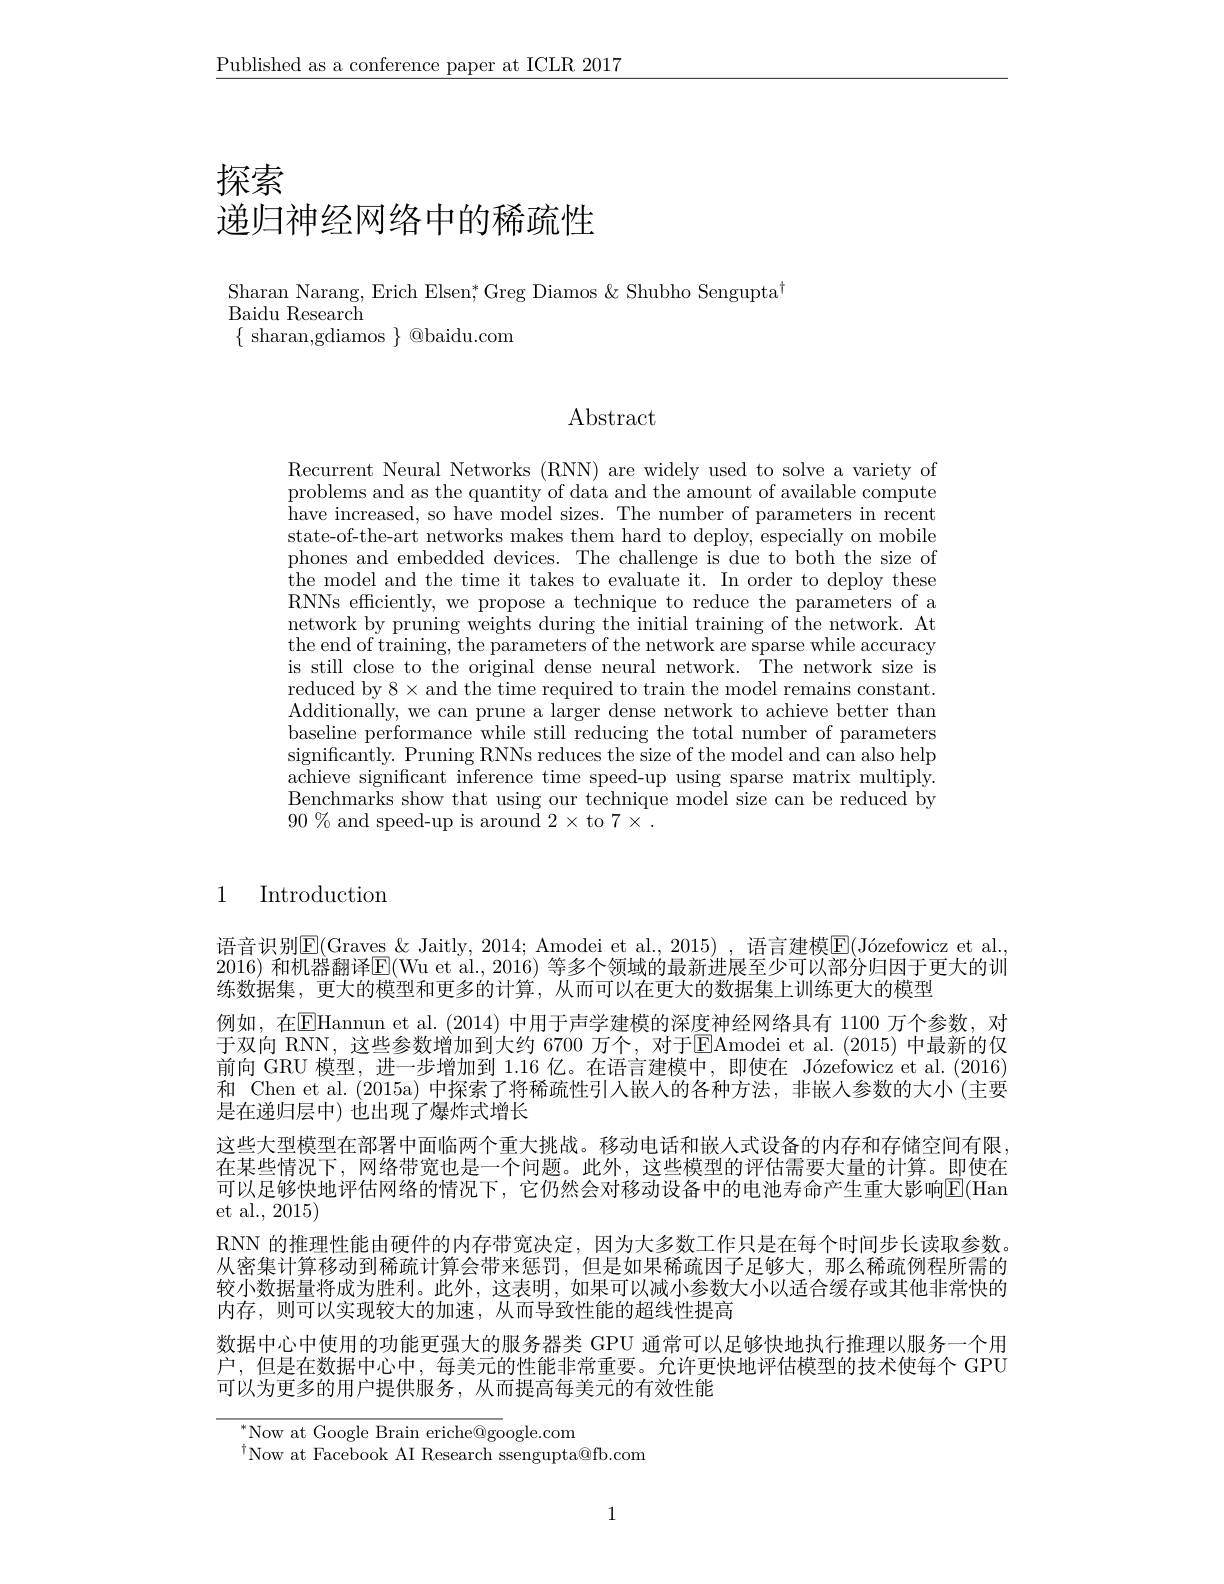
$\underline{\text{Published as a conference paper at ICLR 2017}}$

探索

# 递归神经网络中的稀疏性

Sharan Narang, Erich Elsen; Greg Diamos & Shubho Sengupta$^{\dagger}$
# Baidu Research
$\{$ sharan,gdiamos $\}$ @baidu.com

$\operatorname{Abstract}$

Recurrent Neural Networks (RNN) are widely used to solve a variety of problems and as the quantity of data and the amount of available compute have increased, so have model sizes. The number of parameters in recent state-of-the-art networks makes them hard to deploy, especially on mobile phones and embedded devices. The challenge is due to both the size of the model and the time it takes to evaluate it. In order to deploy these RNNs efficiently, we propose a technique to reduce the parameters of a network by pruning weights during the initial training of the network. At the end of training, the parameters of the network are sparse while accuracy is still close to the original dense neural network. The network size is reduced by $8\times$and the time required to train the model remains constant. Additionally, we can prune a larger dense network to achieve better than baseline performance while still reducing the total number of parameters significantly. Pruning RNNs reduces the size of the model and can also help achieve significant inference time speed-up using sparse matrix multiply. Benchmarks show that using our technique model size can be reduced by $90\%$ and speed-up is around 2$\times$ to 7$\times.$

## 1 Introduction

语音识别$\underline{\mathrm{E}}($Graves &Jaitly, 2014; Amodei et al., 2015) , 语言建模$\overline {\mathrm{E} }( \text{J\' {o}zefowiczetal}.$ 2016) 和机器翻译$\boxed{\mathrm{E}}($Wu et al., 2016) 等多个领域的最新进展至少可以部分归因于更大的训练数据集，更大的模型和更多的计算，从而可以在更大的数据集上训练更大的模型
例如，在$\overline{\mathrm{E}}$Hannun et al.(2014)中用于声学建模的深度神经网络具有 1100 万个参数，对于双向 RNN, 这些参数增加到大约 6700 万个，对于$\overline{\mathrm{E}}$Amodei et al.(2015) 中最新的仅前向 GRU 模型，进一步增加到 1.16 亿。在语言建模中，即使在 Józefowicz et al. (2016) 和 Chen et al. (2015a) 中探索了将稀疏性引人嵌人的各种方法，非嵌入参数的大小 (主要是在递归层中)也出现了爆炸式增长
这些大型模型在部署中面临两个重大挑战。移动电话和嵌人式设备的内存和存储空间有限在某些情况下，网络带宽也是一个问题。此外，这些模型的评估需要大量的计算。即使在可以足够快地评估网络的情况下，它仍然会对移动设备中的电池寿命产生重大影响$\mathbb{E}($Han et al., 2015)
RNN 的推理性能由硬件的内存带宽决定，因为大多数工作只是在每个时间步长读取参数。从密集计算移动到稀疏计算会带来惩罚，但是如果稀疏因子足够大，那么稀疏例程所需的较小数据量将成为胜利。此外，这表明，如果可以减小参数大小以适合缓存或其他非常快的内存，则可以实现较大的加速，从而导致性能的超线性提高
数据中心中使用的功能更强大的服务器类 GPU 通常可以足够快地执行推理以服务一个用户，但是在数据中心中，每美元的性能非常重要。允许更快地评估模型的技术使每个 GPU 可以为更多的用户提供服务，从而提高每美元的有效性能

$^{*}$Now at Google Brain eriche@google.com
$^{\dagger}$Now at Facebook AI Research ssengupta@fb.com

1